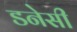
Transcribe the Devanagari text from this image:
डनेसी